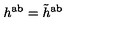
h ^ { \mathrm { a b } } = \tilde { h } ^ { \mathrm { a b } }